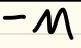
$-M$